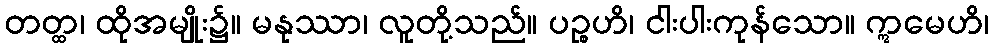
တတ္ထ၊ ထိုအမျိုး၌။ မနုဿာ၊ လူတို့သည်။ ပဉ္စဟိ၊ ငါးပါးကုန်သော။ ဣမေဟိ၊